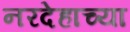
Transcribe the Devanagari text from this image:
नरदेहाच्या